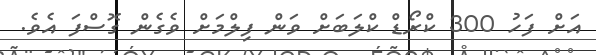
އަށް ފަހު 300 ކްރޯޑް ކްލަބަށް ވަން ފިލްމަށް ވެގެން ގޮސްފަ އެވެ.